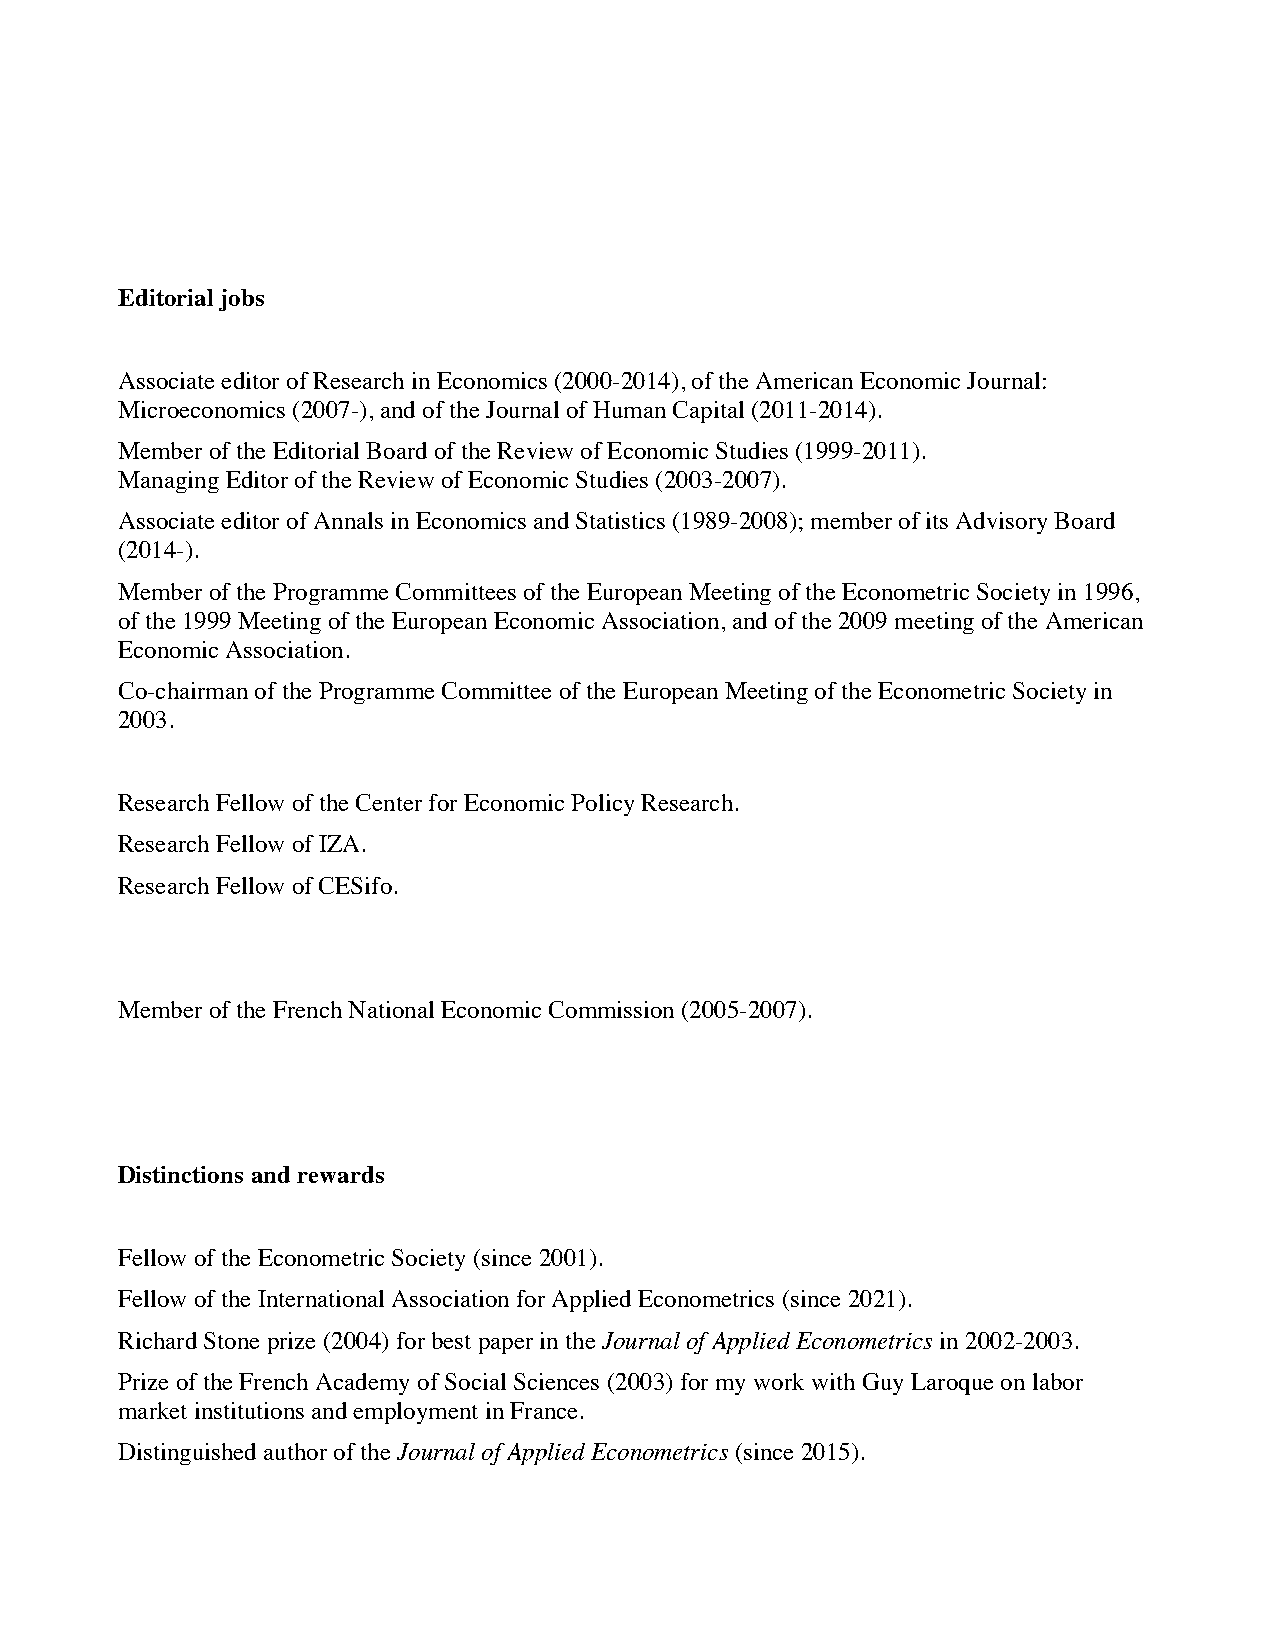
Editorial jobs
 Associate editor of Research in Economics (2000-2014), of the American Economic Journal:
 Microeconomics (2007-), and of the Journal of Human Capital (2011-2014).
 Member of the Editorial Board of the Review of Economic Studies (1999-2011).
 Managing Editor of the Review of Economic Studies (2003-2007).
 Associate editor of Annals in Economics and Statistics (1989-2008); member of its Advisory Board
 (2014-).
 Member of the Programme Committees of the European Meeting of the Econometric Society in 1996,
 of the 1999 Meeting of the European Economic Association, and of the 2009 meeting of the American
 Economic Association.
 Co-chairman of the Programme Committee of the European Meeting of the Econometric Society in
 2003.
 Research Fellow of the Center for Economic Policy Research.
 Research Fellow of IZA.
 Research Fellow of CESifo.
 Member of the French National Economic Commission (2005-2007).
 Distinctions and rewards
 Fellow of the Econometric Society (since 2001).
 Fellow of the International Association for Applied Econometrics (since 2021).
 Richard Stone prize (2004) for best paper in the Journal of Applied Econometrics in 2002-2003.
 Prize of the French Academy of Social Sciences (2003) for my work with Guy Laroque on labor
 market institutions and employment in France.
 Distinguished author of the Journal of Applied Econometrics (since 2015).